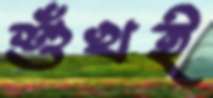
শুঁখই